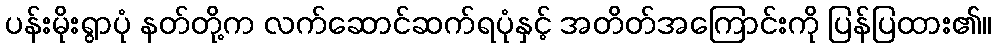
ပန်းမိုးရွာပုံ နတ်တို့က လက်ဆောင်ဆက်ရပုံနှင့် အတိတ်အကြောင်းကို ပြန်ပြထား၏။